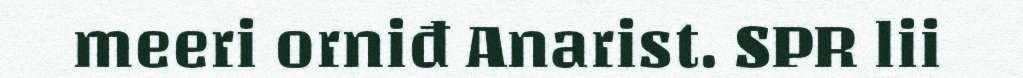
meeri orniđ Anarist. SPR lii